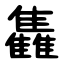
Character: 雥